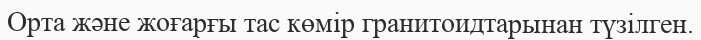
Орта және жоғарғы тас көмір гранитоидтарынан түзілген.